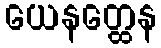
ယေနတ္ထေန